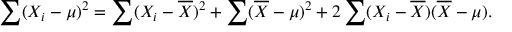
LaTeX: \sum ( X _ { i } - \mu ) ^ { 2 } = \sum ( X _ { i } - { \overline { { X } } } ) ^ { 2 } + \sum ( { \overline { { X } } } - \mu ) ^ { 2 } + 2 \sum ( X _ { i } - { \overline { { X } } } ) ( { \overline { { X } } } - \mu ) .